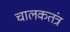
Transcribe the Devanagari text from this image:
चालकतंत्र